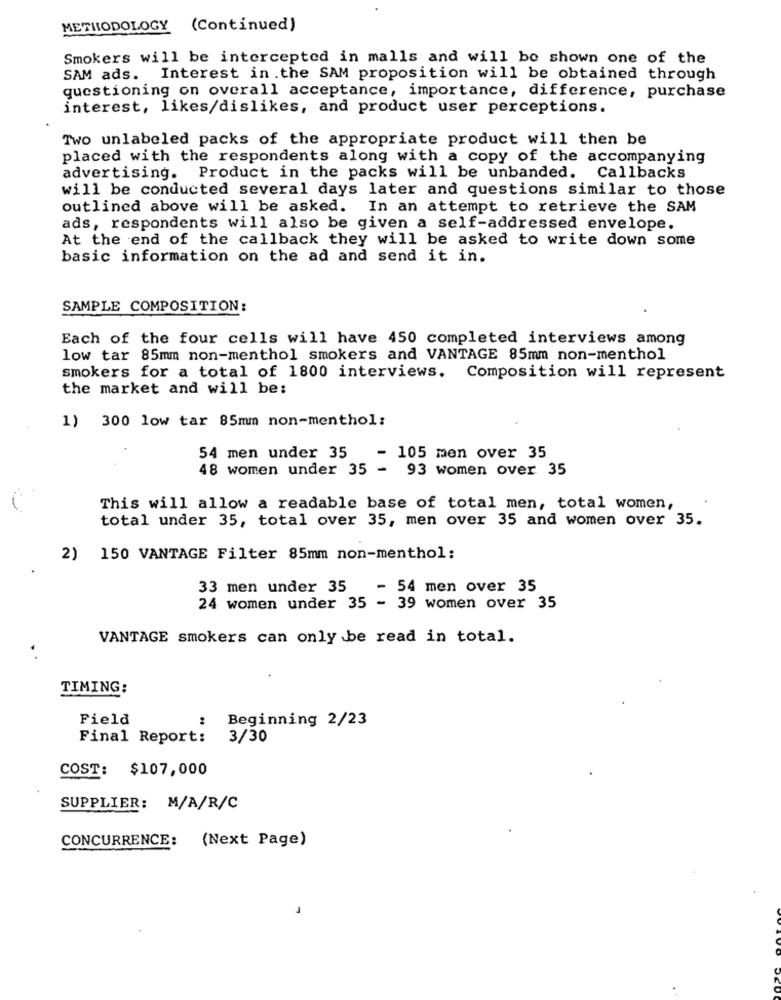
METHODOLOGY (Continued)
Smokers will be intercepted in malls and will be shown one of the
SAM ads. Interest in.the SAM proposition will be obtained through
questioning on overall acceptance, importance, difference, purchase
interest, likes/dislikes, and product user perceptions.
Two unlabeled packs of the appropriate product will then be
placed with the respondents along with a copy of the accompanying
advertising. Product in the packs will be unbanded. Callbacks
will be conducted several days later and questions similar to those
outlined above will be asked.
In an attempt to retrieve the SAM
ads, respondents will also be given a self-addressed envelope.
At the end of the callback they will be asked to write down some
basic information on the ad and send it in.
SAMPLE COMPOSITION:
Each of the four cells will have 450 completed interviews among
low tar 85mm non-menthol smokers and VANTAGE 85mm non-menthol
smokers for a total of 1800 interviews. Composition will represent
the market and will be:
1) 300 low tar 85mm non-menthol:
54 men under 35
- 105 men over 35
48 women under 35 - 93 women over 35
This will allow a readable base of total men, total women,
total under 35, total over 35, men over 35 and women over 35.
2)
150 VANTAGE Filter 85mm non-menthol:
33 men under 35
- 54 men over 35
24 women under 35 - 39 women over 35
VANTAGE smokers can only be read in total.
. .
TIMING:
Fiela
:
Beginning 2/23
Final Report:
3/30
COST: $107,000
SUPPLIER: M/A/R/C
CONCURRENCE:
(Next Page)